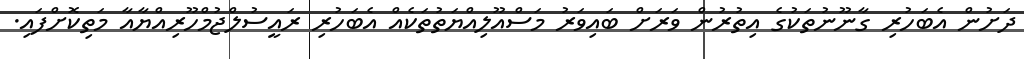
ދަށުން އެބަހުރި ގާނޫނުތަކުގެ އިތުރުން ވަރަށް ބައިވަރު މަސްއޫލިއްޔަތުތަކެއް އެބަހުރި ރައީސުލްޖުމްހޫރިއްޔާއާ މަތިކޮށްފައި.